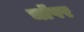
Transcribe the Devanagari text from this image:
चॉपर